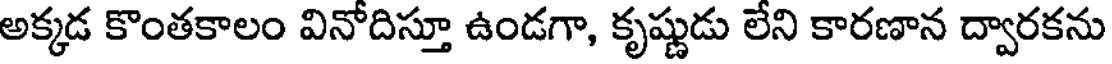
అక్కడ కొంతకాలం వినోదిస్తూ ఉండగా, కృష్ణుడు లేని కారణాన ద్వారకను